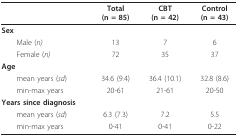
|  | Total(n = 85) | CBT(n = 42) | Control(n = 43) |
 | --- | --- | --- | --- |
 | Sex |  |  |  |
 | Male (n) | 13 | 7 | 6 |
 | Female (n) | 72 | 35 | 37 |
 | Age |  |  |  |
 | mean years (sd) | 34.6 (9.4) | 36.4 (10.1) | 32.8 (8.6) |
 | min-max years | 20-61 | 21-61 | 20-50 |
 | Years since diagnosis |  |  |  |
 | mean years (sd) | 6.3 (7.3) | 7.2 | 5.5 |
 | min-max years | 0-41 | 0-41 | 0-22 |